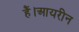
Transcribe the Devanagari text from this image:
हैं।आयरीन